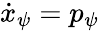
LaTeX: \dot{x}_{\psi}=p_{\psi}